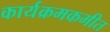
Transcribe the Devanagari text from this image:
कार्यक्रमकमीत